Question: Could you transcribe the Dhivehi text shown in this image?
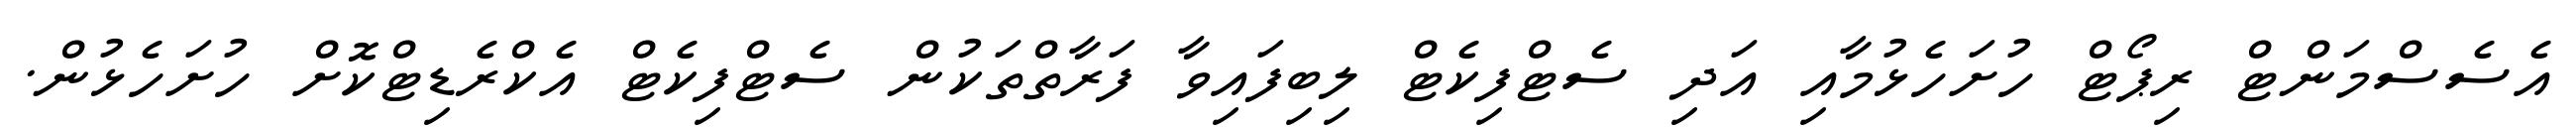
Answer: އެސެސްމަންޓް ރިޕޯޓް ހުށަހެޅުމާއި އަދި ސެޓްފިކެޓް ލިބިފައިވާ ފަރާތްތަކުން ސެޓްފިކެޓް އެކްރެޑިޓްކޮށް ހުށަހެޅުން.